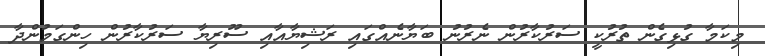
މިކަމާ ގުޅިގެން ތުރުކީ ސަރުކާރުން ނެރުނު ބަޔާނެއްގައި ރަޝިޔާއާއި ސޫރިޔާ ސަރުކާރުން ހިންގަމުންދާ